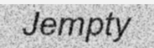
Jempty